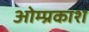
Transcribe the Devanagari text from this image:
ओम्प्रकाश